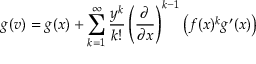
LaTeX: g ( v ) = g ( x ) + \sum _ { k = 1 } ^ { \infty } { \frac { y ^ { k } } { k ! } } \left( { \frac { \partial } { \partial x } } \right) ^ { k - 1 } \left( f ( x ) ^ { k } g ^ { \prime } ( x ) \right)